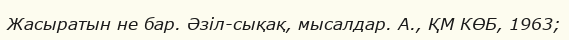
Жасыратын не бар. Әзіл-сықақ, мысалдар. А., ҚМ КӨБ, 1963;